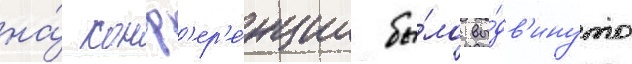
на́ конф'ер'е́нции бы́ло вы́дв'инуто